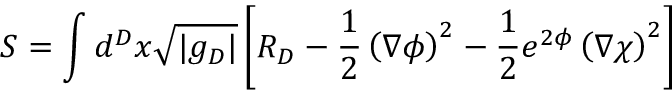
S = \int d ^ { D } x \sqrt { | g _ { D } | } \left[ R _ { D } - \frac { 1 } { 2 } \left( \nabla \phi \right) ^ { 2 } - \frac { 1 } { 2 } e ^ { 2 \phi } \left( \nabla \chi \right) ^ { 2 } \right]